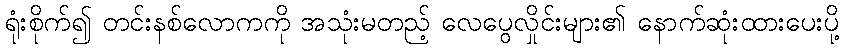
ရုံးစိုက်၍ တင်းနစ်လောကကို အသုံးမတည့် လေပွေလှိုင်းများ၏ နောက်ဆုံးထားပေးပို့